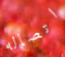
اتصاله